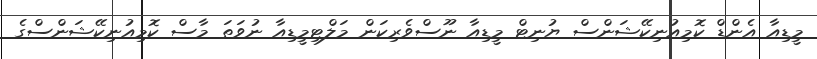
މީޑިއާ އެންޑް ކޮމިއުނިކޭޝަންސް ޔުނިޓް މީޑިއާ ނޫސްވެރިކަން މަލްޓިމީޑިއާ ނުވަތަ މާސް ކޮމިއުނިކޭޝަންސްގެ